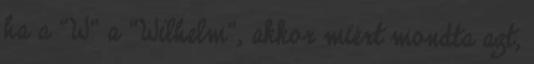
ha a “W” a “Wilhelm”, akkor miért mondta azt,